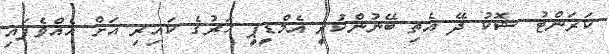
ކަރަންޓު ޝޮކު ދޭ އެތި ބޭނުންކުރީ އެމްޑީޕީ ހަރުގެ ކައިރި އަށް އެއްވެފައި